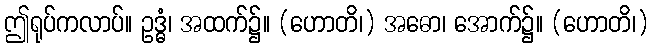
ဤရုပ်ကလာပ်။ ဥဒ္ဓံ၊ အထက်၌။ (ဟောတိ၊) အဓော၊ အောက်၌။ (ဟောတိ၊)